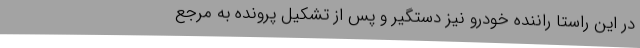
در این راستا راننده خودرو نیز دستگیر و پس از تشکیل پرونده به مرجع